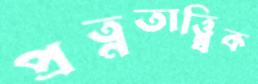
প্রত্নতাত্ত্ব্বিক